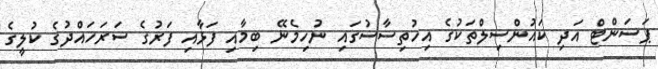
ޕަސަންޓް އަދި ކައުންސިލްތަކުގެ އިހުތިސާސުގައި ނުހިމެނޭ ބިމާއި ފަޅާއި ފަރުގެ ސަރަހައްދުގެ ކުލީގެ